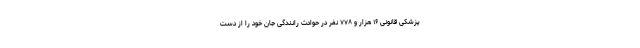
پزشکی قانونی ۱۶ هزار و ۷۷۸ نفر در حوادث رانندگی جان خود را از دست